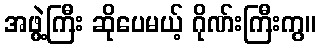
အဖွဲ့ကြီး ဆိုပေမယ့် ဂိုဏ်းကြီးကွ။